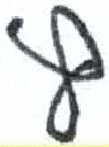
אות: ף